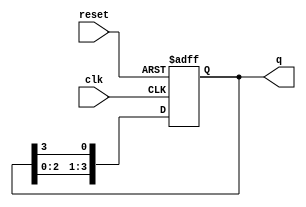
module ring_counter (
    input wire clk,       // Clock signal
    input wire reset,     // Asynchronous reset signal
    output reg [N-1:0] q  // Output state of the ring counter
);
    parameter N = 4; // Number of flip-flops (adjust as needed)

    // Initialize the output state
    initial begin
        q = 1'b1; // Set the first flip-flop to '1' and others to '0'
    end

    // Synchronous process triggered by the clock
    always @(posedge clk or posedge reset) begin
        if (reset) begin
            q <= 1'b1; // Reset the counter to the initial state
        end else begin
            // Shift the '1' to the next flip-flop
            q <= {q[N-2:0], q[N-1]}; // Shift left and wrap the last bit
        end
    end
endmodule